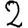
Digit: 2